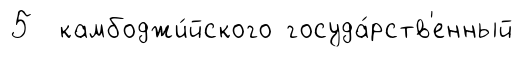
5 камбоджи́йского госуда́рств'енный